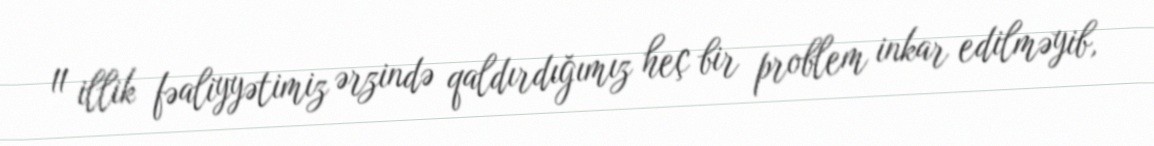
11 illik fəaliyyətimiz ərzində qaldırdığımız heç bir problem inkar edilməyib,